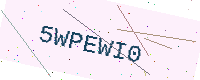
Text: 5WPEWI0